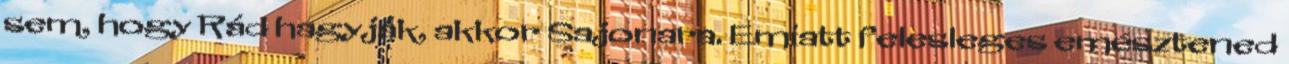
sem, hogy Rád hagyják, akkor Sajonara. Emiatt felesleges emésztened